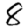
Digit: 8